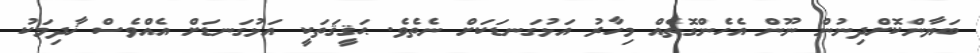
ބަޔާންކޮށްދިނުން ނޫން އެހެންގޮތެއް މިހާރު އަޅުގަނޑަކަށް ނެތެވެ. ޙަޤީޤަތަކީ އަޅުގަނޑަށް އެއްވެސް ޚާދިމަކު